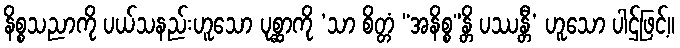
နိစ္စသညာကို ပယ်သနည်းဟူသော ပုစ္ဆာကို ‘သာ စိတ္တံ “အနိစ္စ”န္တိ ပဿန္တီ’ ဟူသော ပါဌ်ဖြင့်။